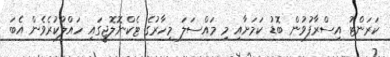
ކަރަންޓު އިސްރާފުވުން ބޮޑު ކަމަށާއި މި މައްސަލަ މިހާރުގެ ޓެކްނޮލޮޖީގައި ހައްލުކުރެވެން އެބަ